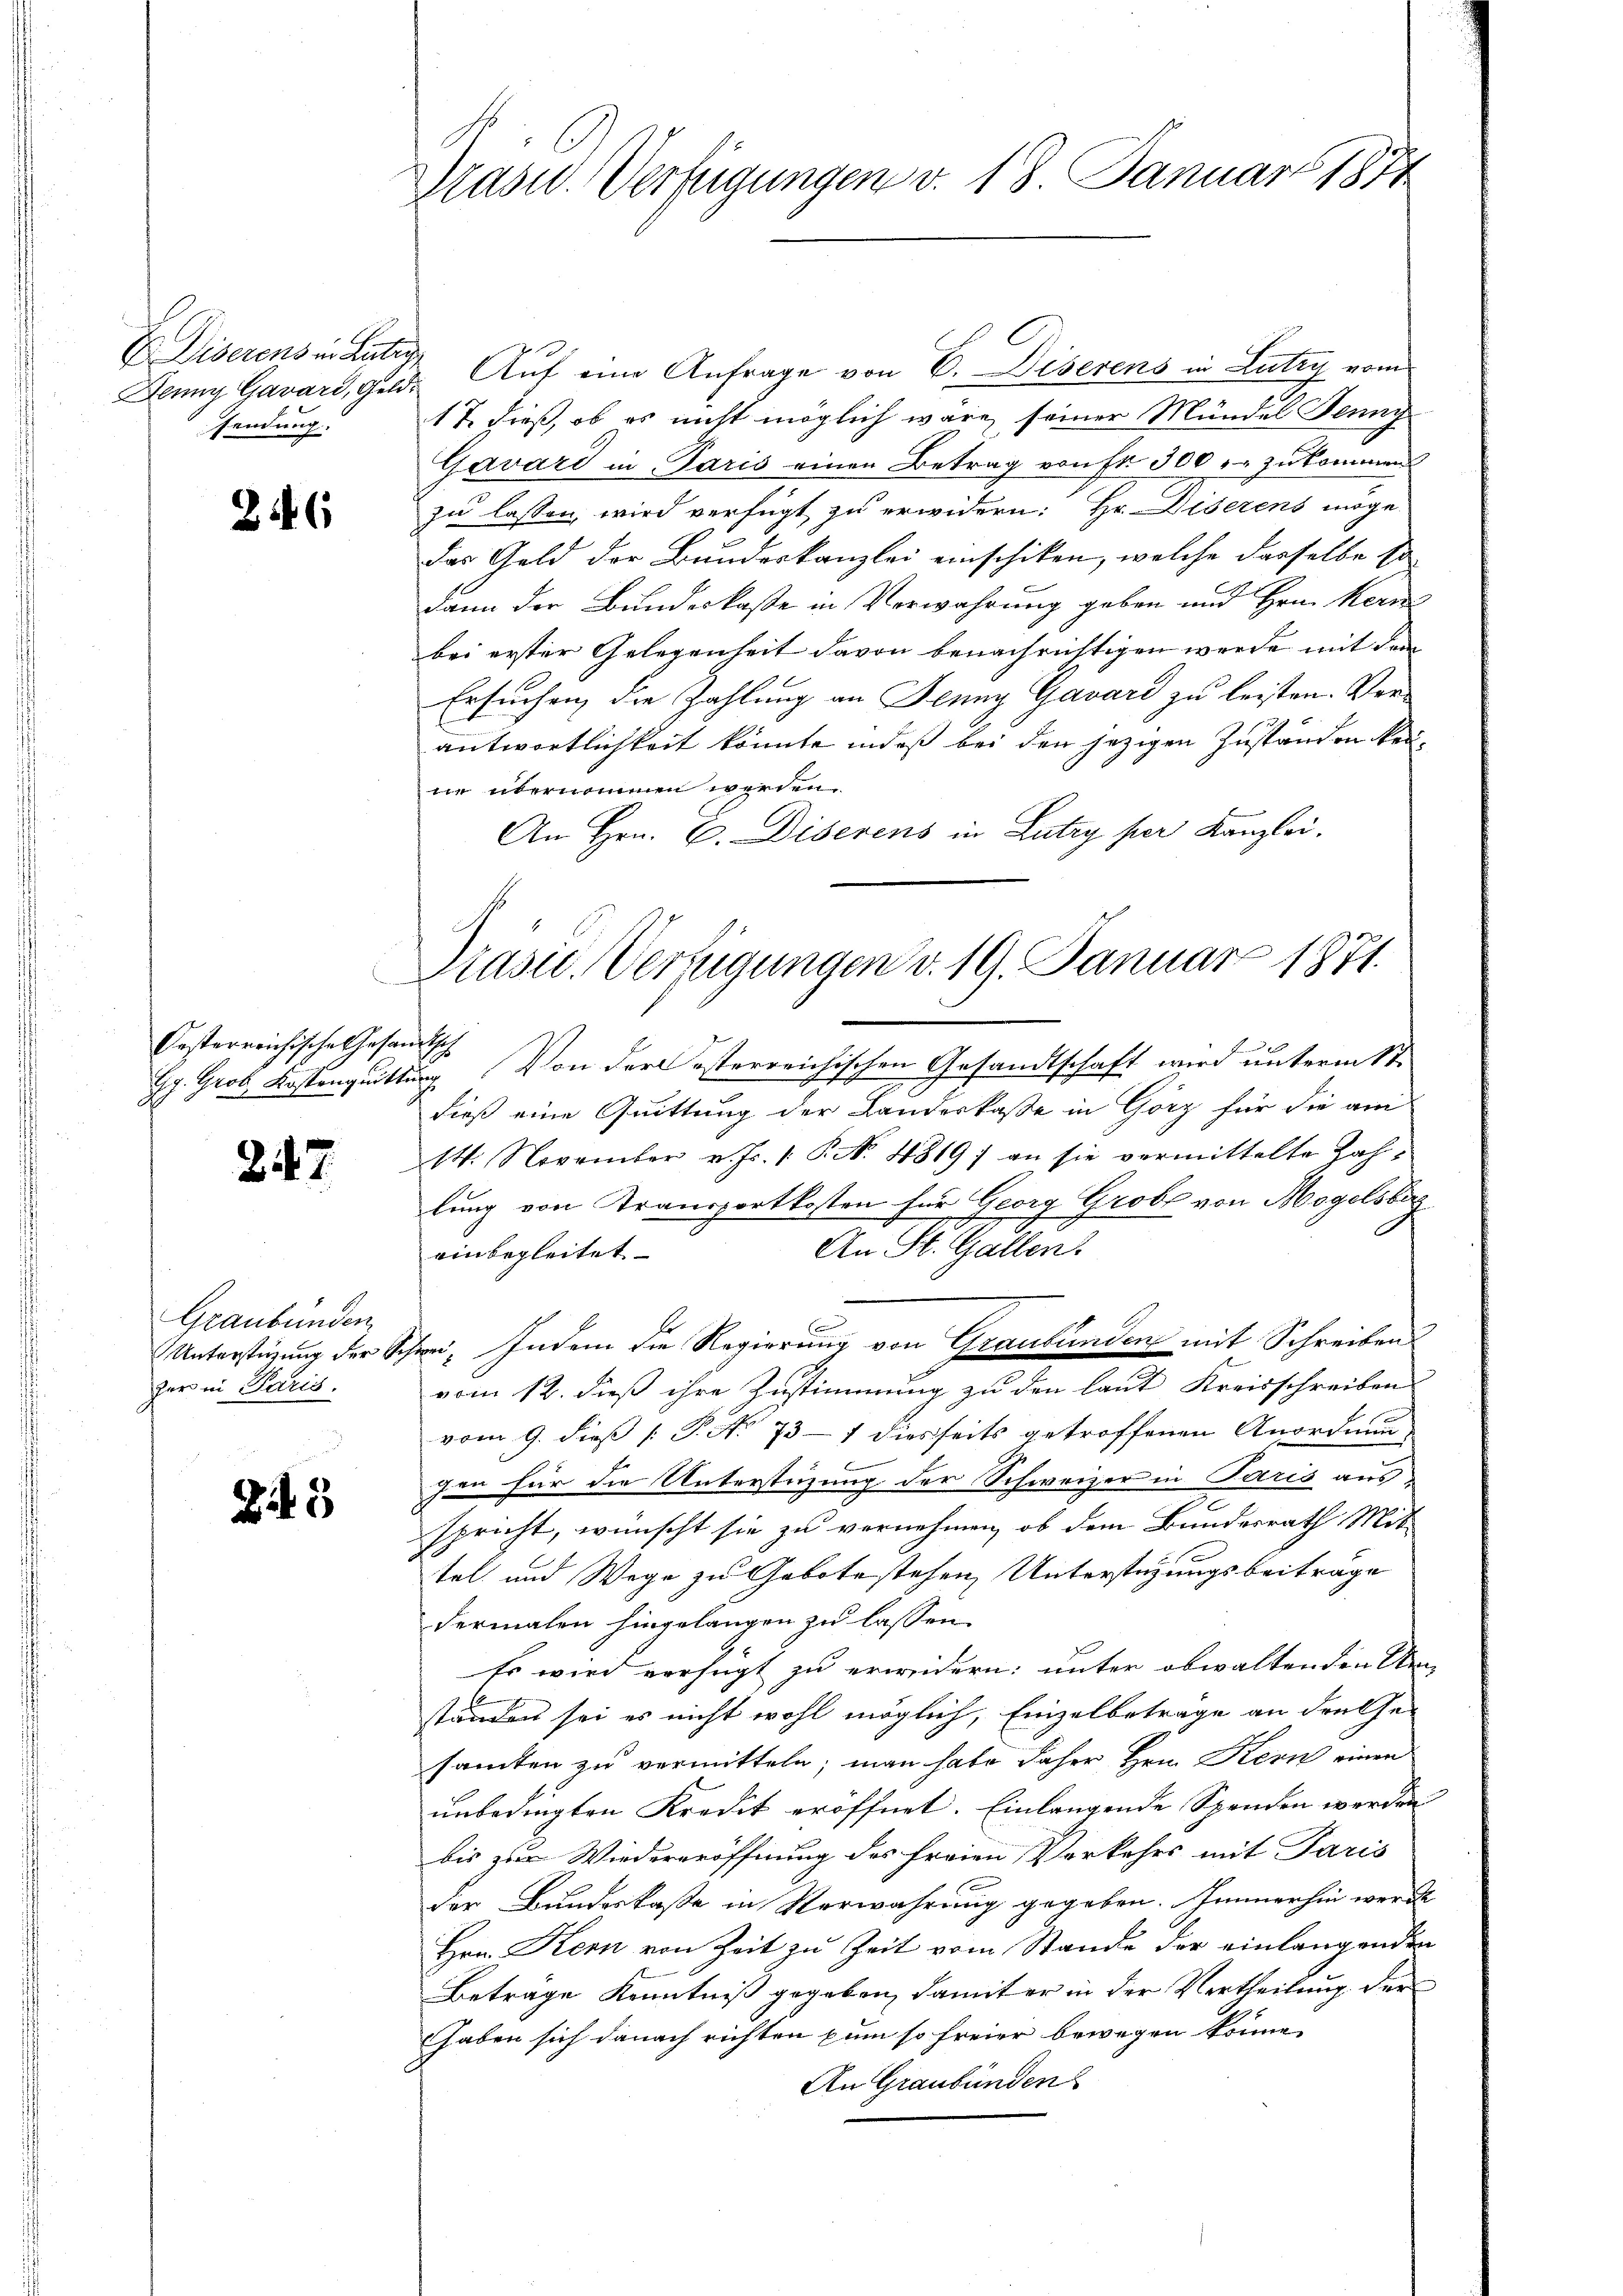
Jenny Gavard, Geldsendung.

2

d
terreichische Gesandtsche
be
.

247.

Graubünden
zer in Paris.

1

Präsid. Verfügungen v. 18. Januar 1884

Diserens in Rüti Auf eine Anfrage von E. Diserens in Lutry vom
17. dieß, ob es nicht möglich wäre seiner Mündel Jenny
Gavard in Paris einen Betrag von Fr. 300 r. zukommen
zu lassen, wird verfügt zu erwidern: Hr. Diserens möge
das Geld der Bundeskanzlei einschiken, welche derselbe so
C
dann der Bundeskasse in Verwahrung geben und Hrn. Kern
bei erster Gelegenheit davon benachrichtigen werde mit dem
Ersuchen, die Zahlung an Jenny Gavard zu leisten. Verantwortlichkeit könnte indeß bei den jezigen Zuständen keine übernommen werden.
An Hrn. C. Diserens in Lutry per Kanzlei.
od. Kassenquittung. Von der Oesterreichischen Gesandtschaft wird unterm 1ten
dieß eine Quittung der Landeskaße in Görz für die am
14. November v. Js. 1 P. Nr. 4819) an sie vermittelte Zahlung von Transportkosten für Georg Grobl von Mogelsberg
An St. Gallen.
einbegleitet. |
x
Unterstüzung der Schwei, Indem die Regierung von Graubünden mit Schreiben
vom 12. dieß ihre Zustimmung zu den laut Kreisschreiben
vom 9. dieß P. No 737 diesseits getroffenen Anordnung
gen für die Unterstüzung der Schweizer in Paris ausspricht, wünscht sie zu vernehmen, ob dem Bundesrath Mit
tel und Wege zu Gebote stehen Unterstüzungsbeiträge
dermalen hingelangen zu lassen.
Es wird verfügt zu erwidern: unter obwaltenden Ken
ständen sei es nicht wohl möglich, Einzelbeträge an Freihe
samten zu vermitteln; man habe daher Hrn. Kern einen
unbedingten Kredit eröffnet. Einlangende Spenden werden
bis zur Wiedereröffnung des freien Verkehrs mit Paris
der Bundeskasse in Verwahrung gegeben. Immerhin werde
Hrn. Kern von Zeit zu Zeit vom Stande der einlangenden
Beträge Kenntniß gegeben, damit er in der Vertheilung der
haben sich danach richten zum so freier bewegen könne.
An Graubünden

Prasie Verfügungen v. 19. Januar 1871.